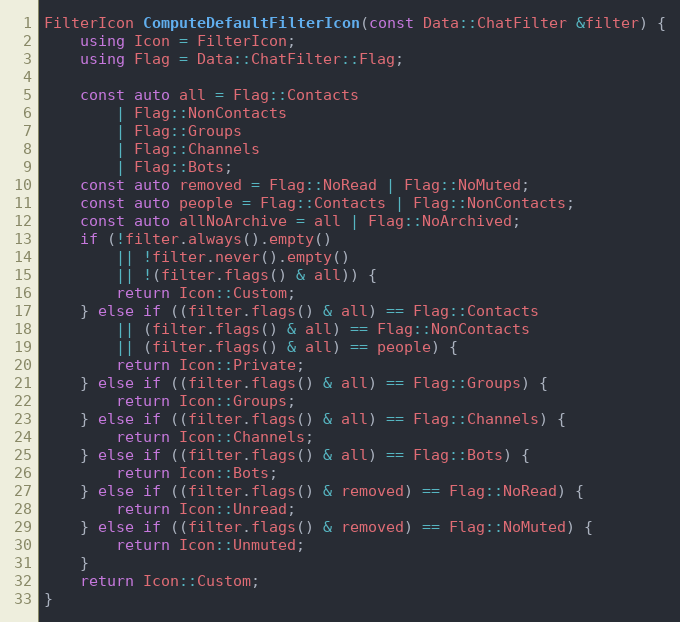
Language: C++
FilterIcon ComputeDefaultFilterIcon(const Data::ChatFilter &filter) {
	using Icon = FilterIcon;
	using Flag = Data::ChatFilter::Flag;

	const auto all = Flag::Contacts
		| Flag::NonContacts
		| Flag::Groups
		| Flag::Channels
		| Flag::Bots;
	const auto removed = Flag::NoRead | Flag::NoMuted;
	const auto people = Flag::Contacts | Flag::NonContacts;
	const auto allNoArchive = all | Flag::NoArchived;
	if (!filter.always().empty()
		|| !filter.never().empty()
		|| !(filter.flags() & all)) {
		return Icon::Custom;
	} else if ((filter.flags() & all) == Flag::Contacts
		|| (filter.flags() & all) == Flag::NonContacts
		|| (filter.flags() & all) == people) {
		return Icon::Private;
	} else if ((filter.flags() & all) == Flag::Groups) {
		return Icon::Groups;
	} else if ((filter.flags() & all) == Flag::Channels) {
		return Icon::Channels;
	} else if ((filter.flags() & all) == Flag::Bots) {
		return Icon::Bots;
	} else if ((filter.flags() & removed) == Flag::NoRead) {
		return Icon::Unread;
	} else if ((filter.flags() & removed) == Flag::NoMuted) {
		return Icon::Unmuted;
	}
	return Icon::Custom;
}